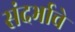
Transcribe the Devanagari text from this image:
संदर्भाचे